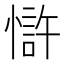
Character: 𢠇